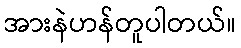
အားနဲဟန်တူပါတယ်။